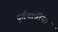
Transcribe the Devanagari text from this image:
दुर्गयात्रींना